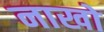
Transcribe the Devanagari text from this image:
नाखो